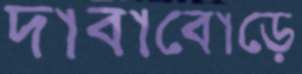
দাবাবোড়ে